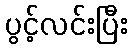
ပွင့်လင်းပြီး